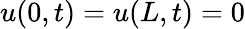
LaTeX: u(0,t)=u(L,t)=0